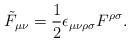
LaTeX: \begin{align*}\tilde{F}_{\mu\nu}= \frac{1}{2}\epsilon_{\mu\nu\rho\sigma}F^{\rho\sigma}.\end{align*}